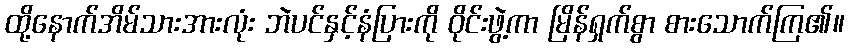
ထို့နောက်အိမ်သားအားလုံး ဘဲပင်နှင့်နံပြားကို ဝိုင်းဖွဲ့ကာ မြိန်ရှက်စွာ စားသောက်ကြ၏။